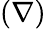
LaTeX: (\nabla)